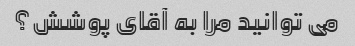
می توانید مرا به آقای پوشش؟